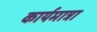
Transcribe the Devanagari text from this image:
कार्यमात्रा